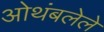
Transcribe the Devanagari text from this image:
ओथंबलेले